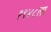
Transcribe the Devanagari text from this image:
१९४८ला